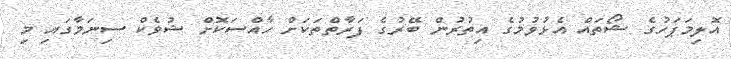
އޮލިމަޕަހުގެ ޝޯތައް އެޅުވުމުގެ އިތުރުން ބޭރުގެ ފަރާތްތަކަށް ހާއްސަކޮށް ޝުވެކް ސިނަމާގައި މި